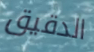
الدقيق